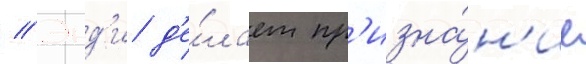
// Энд'и д'е́лает пр'изна́н'ие